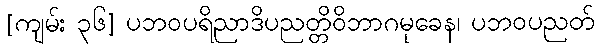
[ကျမ်း ၃၆] ပဘဝပရိညာဒိပညတ္တိဝိဘာဂမုခေန၊ ပဘဝပညတ်